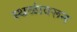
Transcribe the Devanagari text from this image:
स्थळांवरून